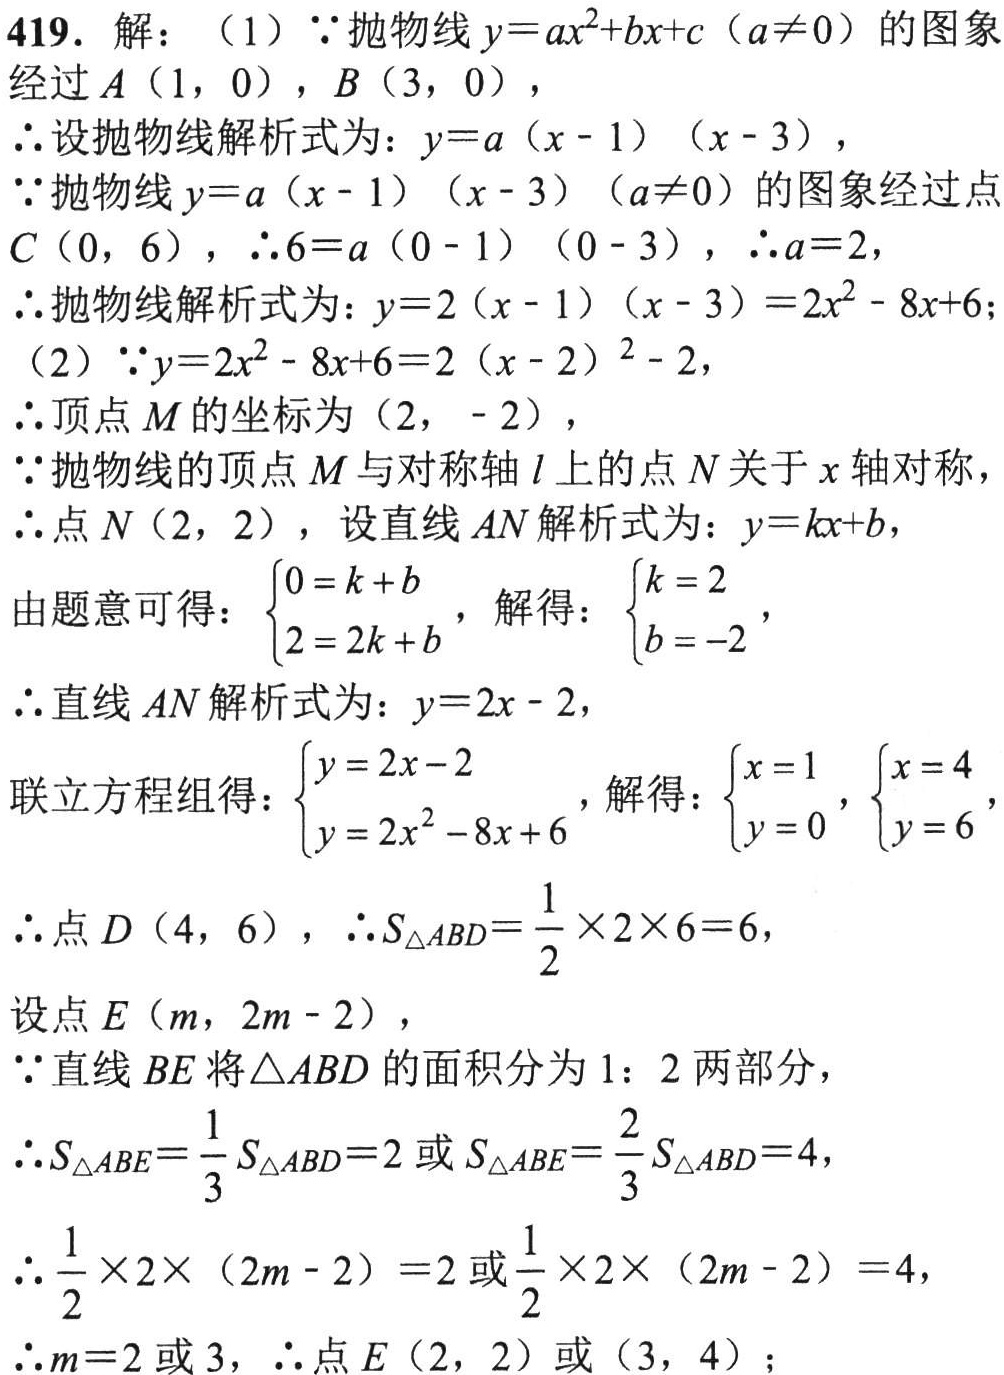
419. 解：
（1）\(\because\)抛物线\(y = ax^{2}+bx + c(a\neq0)\)的图象经过\(A(1,0)\)，\(B(3,0)\)，
\(\therefore\)设抛物线解析式为：\(y = a(x - 1)(x - 3)\)，
\(\because\)抛物线\(y = a(x - 1)(x - 3)(a\neq0)\)的图象经过点\(C(0,6)\)，\(\therefore 6 = a(0 - 1)(0 - 3)\)，\(\therefore a = 2\)，
\(\therefore\)抛物线解析式为：\(y = 2(x - 1)(x - 3)=2x^{2}-8x + 6\)；
（2）\(\because y = 2x^{2}-8x + 6 = 2(x - 2)^{2}-2\)，
\(\therefore\)顶点\(M\)的坐标为\((2,-2)\)，
\(\because\)抛物线的顶点\(M\)与对称轴\(l\)上的点\(N\)关于\(x\)轴对称，
\(\therefore\)点\(N(2,2)\)，设直线\(AN\)解析式为：\(y = kx + b\)，
由题意可得：\(\begin{cases}0 = k + b\\2 = 2k + b\end{cases}\)，解得：\(\begin{cases}k = 2\\b = -2\end{cases}\)，
\(\therefore\)直线\(AN\)解析式为：\(y = 2x - 2\)，
联立方程组得：\(\begin{cases}y = 2x - 2\\y = 2x^{2}-8x + 6\end{cases}\)，解得：\(\begin{cases}x = 1\\y = 0\end{cases}\)，\(\begin{cases}x = 4\\y = 6\end{cases}\)，
\(\therefore\)点\(D(4,6)\)，\(\therefore S_{\triangle ABD}=\dfrac{1}{2}\times2\times6 = 6\)，
设点\(E(m,2m - 2)\)，
\(\because\)直线\(BE\)将\(\triangle ABD\)的面积分为\(1:2\)两部分，
\(\therefore S_{\triangle ABE}=\dfrac{1}{3}S_{\triangle ABD}=2\)或\(S_{\triangle ABE}=\dfrac{2}{3}S_{\triangle ABD}=4\)，
\(\therefore\dfrac{1}{2}\times2\times(2m - 2)=2\)或\(\dfrac{1}{2}\times2\times(2m - 2)=4\)，
\(\therefore m = 2\)或\(3\)，\(\therefore\)点\(E(2,2)\)或\((3,4)\)；